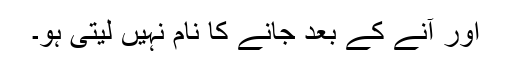
اور آنے کے بعد جانے کا نام نہیں لیتی ہو۔